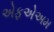
એફએઅમ